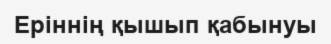
Еріннің қышып қабынуы